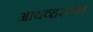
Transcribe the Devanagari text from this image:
आयव्हरसन